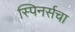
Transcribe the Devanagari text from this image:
स्पिनर्सचा